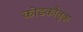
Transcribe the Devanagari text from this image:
कोडकौतुक